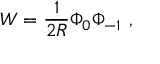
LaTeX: W = \frac { 1 } { 2 R } \Phi _ { 0 } \Phi _ { - 1 } \ ,